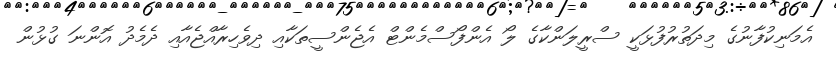
އެމަނިކުފާނުގެ މިދަތުރުފުޅަކީ ސްރީލަންކާގެ ލޯ އެންފޯސްމެންޓް އެޖެންސީތަކާއި ދިވެހިރާއްޖެއާއި ދެމެދު އޮންނަ ގުޅުން